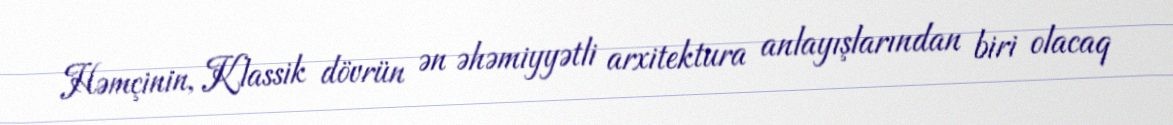
Həmçinin, Klassik dövrün ən əhəmiyyətli arxitektura anlayışlarından biri olacaq